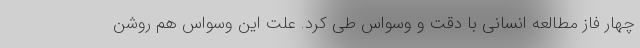
چهار فاز مطالعه انسانی با دقت و وسواس طی کرد. علت این وسواس هم روشن